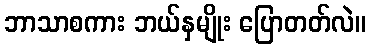
ဘာသာစကား ဘယ်နှမျိုး ပြောတတ်လဲ။